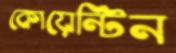
কোয়েন্টিন